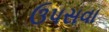
ઉપસવા